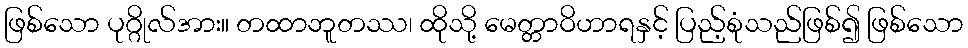
ဖြစ်သော ပုဂ္ဂိုလ်အား။ တထာဘူတဿ၊ ထိုသို့ မေတ္တာဝိဟာရနှင့် ပြည့်စုံသည်ဖြစ်၍ ဖြစ်သော